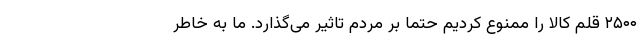
۲۵۰۰ قلم کالا را ممنوع کردیم حتما بر مردم تاثیر می‌گذارد. ما به خاطر